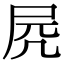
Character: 𡱂